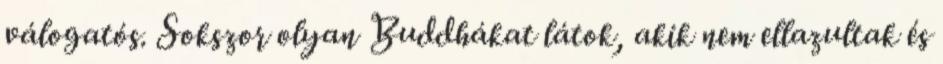
válogatós. Sokszor olyan Buddhákat látok, akik nem ellazultak és